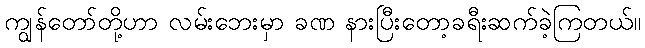
ကျွန်တော်တို့ဟာ လမ်းဘေးမှာ ခဏ နားပြီးတော့ခရီးဆက်ခဲ့ကြတယ်။